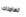
تعاملك